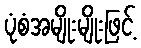
ပုံစံအမျိုးမျိုးဖြင့်